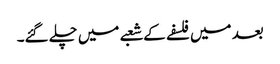
بعد میں فلسفے کے شعبے میں چلے گئے۔